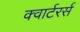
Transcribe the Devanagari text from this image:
क्वार्टरर्स